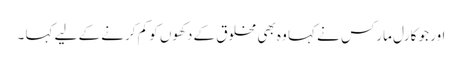
اور جو کارل مارکس نے کہا وہ بھی مخلوق کے دکھوں کو کم کرنے کے لیے کہا ۔